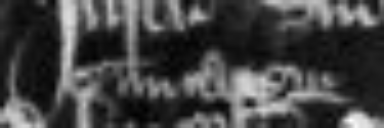
civitatem